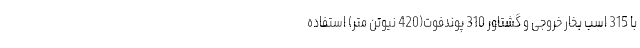
با 315 اسب بخار خروجی و گشتاور 310 پوندفوت(420 نیوتن متر) استفاده